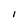
Character: 1